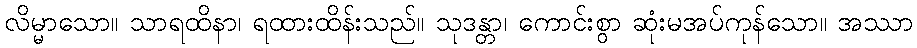
လိမ္မာသော။ သာရထိနာ၊ ရထားထိန်းသည်။ သုဒန္တာ၊ ကောင်းစွာ ဆုံးမအပ်ကုန်သော။ အဿာ